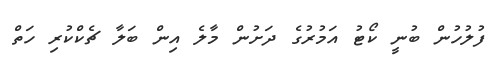
ފުލުހުން ބުނީ ކޯޓު އަމުރުގެ ދަށުން މާލެ އިން ބަލާ ޗެކްކުރި ހަތް